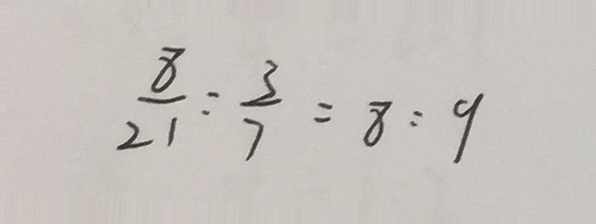
\frac { 8 } { 2 1 } : \frac { 3 } { 7 } = 8 : 9